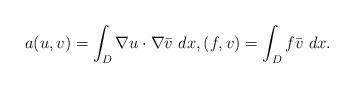
LaTeX: \begin{align*}a(u,v)=\int_D \nabla u\cdot\nabla \bar{v}~dx,(f,v)=\int_D f \bar{v}~dx.\end{align*}